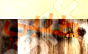
طلبي